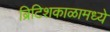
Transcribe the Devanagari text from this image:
ब्रिटिशकाळामध्ये